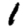
Digit: 1